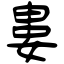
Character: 婁